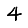
Digit: 4